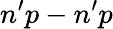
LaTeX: n^{\prime}p-n^{\prime}p